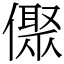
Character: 𠏭